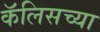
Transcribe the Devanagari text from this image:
कॅलिसच्या